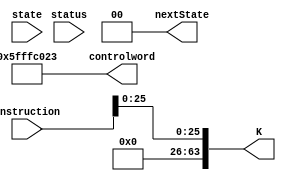
module B_link (status,instruction, state, controlword, nextState, K); 
	output [30:0] controlword;
	output [1:0] nextState; 
	output [63:0] K;
	input [31:0] instruction;  
	input [1:0] state; 
	input [4:0] status; 
	
	wire [1:0] Psel;
   wire [4:0] DA, SA, SB, Fsel;
	wire regW, ramW, EN_MEM, EN_ALU, EN_B, EN_PC, Bsel, PCsel, SL; 
	
	assign Psel = 2'b10; 
	assign DA = 5'b11111;
	assign SA = 5'b11111; 
	assign SB = 5'b11111; 
	assign Fsel = 5'b0000;
	assign regW = 1'b0;
	assign ramW = 1'b0; 
	assign EN_MEM = 1'b0; 
	assign EN_ALU = 1'b1; 
	assign EN_B = 1'b0;
	assign EN_PC = 1'b0; 
	assign Bsel = 1'b0; 
	assign PCsel = 1'b1; 
	assign SL = 1'b1;
	
   assign K = {{38 {1'b0}}, instruction [25:0]}; 
	assign controlword = {Psel, DA, SA, SB, Fsel, regW, ramW, EN_MEM, EN_ALU, EN_B, EN_PC, Bsel, PCsel, SL};
	
	assign nextState = 2'b00;  
endmodule